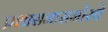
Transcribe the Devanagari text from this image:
प्रशासनासमोरचे